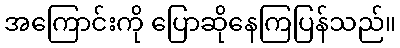
အကြောင်းကို ပြောဆိုနေကြပြန်သည်။